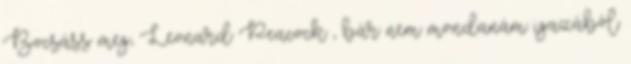
Bocsáss meg, Leonard Peacock , bár nem mondanám igazából